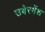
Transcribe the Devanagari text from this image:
उबेरमेंश